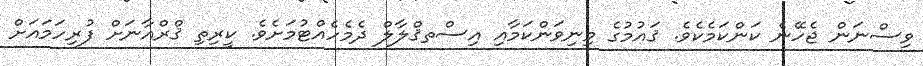
ވިސްނަން ޖެހޭނެ ކަންކަމެކެވެ. ޤައުމުގެ މިނިވަންކަމާއި އިސްތޤްލާލް ދެމެހެއްޓުމަށެވެ. ކީރިތި ޤްރްއާނަށް ފުރިހަމައަށް